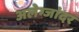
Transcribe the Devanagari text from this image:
अलेग्जांदर